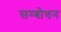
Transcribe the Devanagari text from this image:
सम्‍बोधन